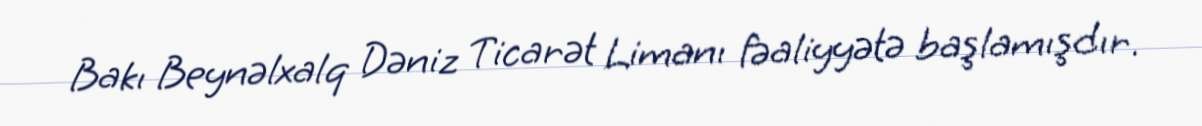
Bakı Beynəlxalq Dəniz Ticarət Limanı fəaliyyətə başlamışdır.